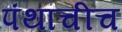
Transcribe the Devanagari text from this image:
पंथांचीच